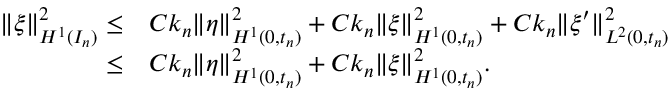
\begin{array} { r } { \begin{array} { r l } { \| \xi \| _ { H ^ { 1 } ( I _ { n } ) } ^ { 2 } \leq } & { C k _ { n } \| \eta \| _ { H ^ { 1 } ( 0 , t _ { n } ) } ^ { 2 } + C k _ { n } \| \xi \| _ { H ^ { 1 } ( 0 , t _ { n } ) } ^ { 2 } + C k _ { n } \| \xi ^ { \prime } \| _ { L ^ { 2 } ( 0 , t _ { n } ) } ^ { 2 } } \\ { \leq } & { C k _ { n } \| \eta \| _ { H ^ { 1 } ( 0 , t _ { n } ) } ^ { 2 } + C k _ { n } \| \xi \| _ { H ^ { 1 } ( 0 , t _ { n } ) } ^ { 2 } . } \end{array} } \end{array}